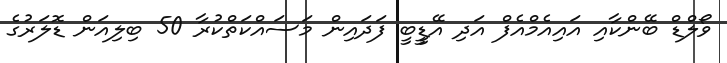
ވޯލްޑް ބޭންކާއި އައިއެމްއެފް އަދި އޭޑީީބީ ފަދައިން މަސައްކަތްކުރާ 50 ބިލިއަން ޑޮލަރުުގެ